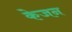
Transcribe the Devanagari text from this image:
केजन